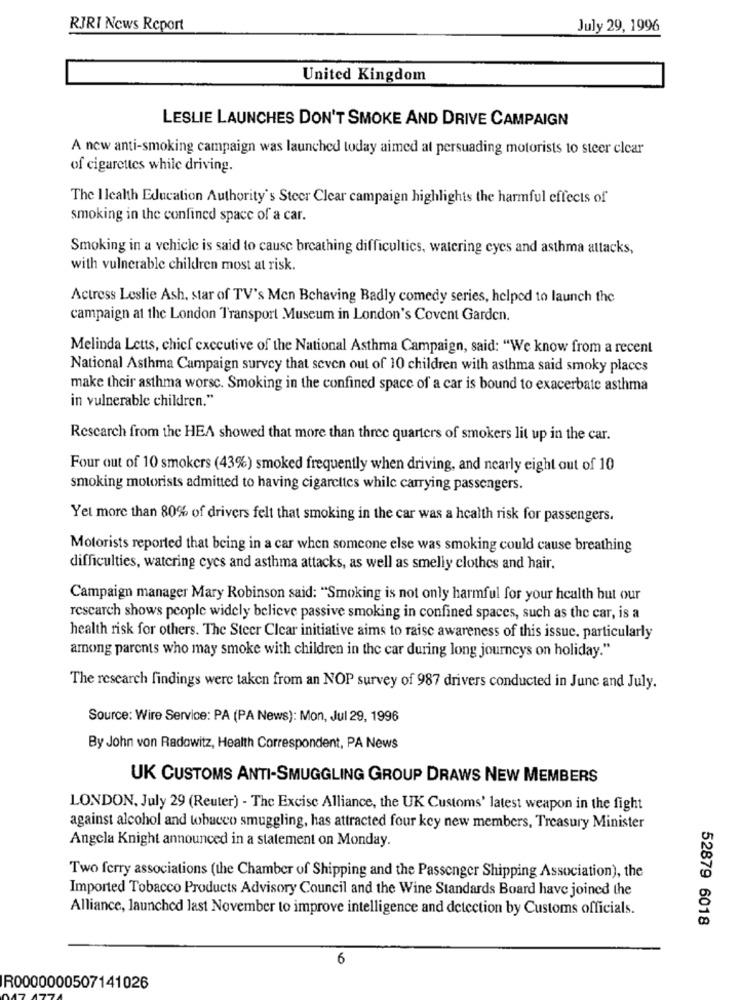
RJRI News Report
July 29, 1996
United Kingdom
LESLIE LAUNCHES DON'T SMOKE AND DRIVE CAMPAIGN
A new anti-smoking campaign was launched today aimed at persuading motorists to steer clear
of cigarettes while driving.
The Ilealth Education Authority's Steer Clear campaign highlights the harmful effects of
smoking in the confined space of a car.
Smoking in a vehicle is said to cause breathing difficultics, watering eyes and asthma attacks,
with vulnerable children most at risk.
Actress Leslie Ash, star of TV's Men Behaving Badly comedy series, helped to launch the
campaign at the London Transport Museum in London's Covent Garden.
Melinda Letts, chief executive of the National Asthma Campaign, said: "We know from a recent
National Asthma Campaign survey that seven out of 10 children with asthma said smoky places
make their asthma worse. Smoking in the confined space of a car is bound to exacerbate asthma
in vulnerable children."
Research from the HEA showed that more than three quarters of smokers lit up in the car.
Four out of 10 smokers (43%) smoked frequently when driving, and nearly eight out of 10
smoking motorists admitted to having cigarettes while carrying passengers.
Yel more than 80% of drivers felt that smoking in the car was a health risk for passengers.
Motorists reported that being in a car when someone else was smoking could cause breathing
difficulties, watering cycs and asthma attacks, as well as smelly clothes and hair.
Campaign manager Mary Robinson said: "Smoking is not only harmful for your health but our
rescarch shows people widely believe passive smoking in confined spaces, such as the car, is a
health risk for others. The Steer Clear initiative aims to raise awareness of this issue, particularly
among parents who may smoke with children in the car during long journeys on holiday."
The research findings were taken from an NOP survey of 987 drivers conducted in June and July.
Source: Wire Service: PA (PA News): Mon, Jul 29, 1996
By John von Radowitz, Health Correspondent, PA News
UK CUSTOMS ANTI-SMUGGLING GROUP DRAWS NEW MEMBERS
LONDON, July 29 (Reuter) - The Excise Alliance, the UK Customs' latest weapon in the fight
against alcohol and tobacco smuggling, has attracted four key new members, Treasury Minister
Angela Knight announced in a statement on Monday.
Two ferry associations (the Chamber of Shipping and the Passenger Shipping Association), the
Imported Tobacco Products Advisory Council and the Wine Standards Board have joined the
Alliance, launched last November to improve intelligence and detection by Customs officials.
52879 6018
6
R0000000507141026